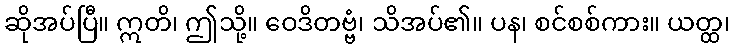
ဆိုအပ်ပြီ။ ဣတိ၊ ဤသို့။ ဝေဒိတဗ္ဗံ၊ သိအပ်၏။ ပန၊ စင်စစ်ကား။ ယတ္ထ၊